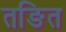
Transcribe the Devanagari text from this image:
तङित